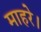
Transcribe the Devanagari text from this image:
माहरे।